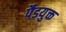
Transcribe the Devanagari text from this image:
पैडयुक्त